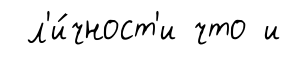
л'и́чност'и что и